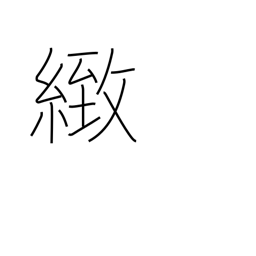
Meaning: fine (i.e. not coarse)